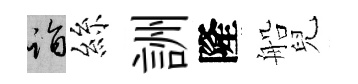
诣絲詶隆船兒